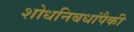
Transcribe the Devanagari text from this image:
शोधनिबधांपैकी